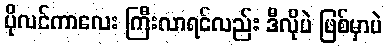
ပိုလင်ကာလေး ကြီးလာရင်လည်း ဒီလိုပဲ ဖြစ်မှာပဲ